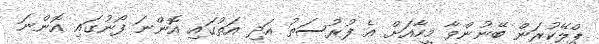
ޕްލޭކުރަން ބޭނުންވާ މީހާއަށް އެ ފުރުސަތު އަދި އަތުގައި އޮންނަ ފޯނުގައި އޮންނަ